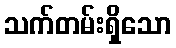
သက်တမ်းရှိသော